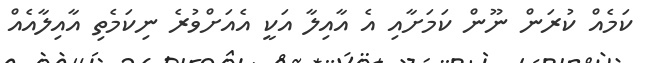
ކަމެއް ކުރަން ނޫން ކަމަށާއި އެ އާއިލާ އަކީ އެއަށްވުރެ ނިކަމެތި އާއިލާއެއް